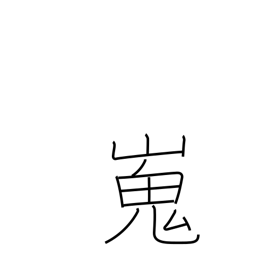
Meaning: high and flat